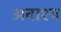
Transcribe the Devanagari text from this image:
अवाश्य